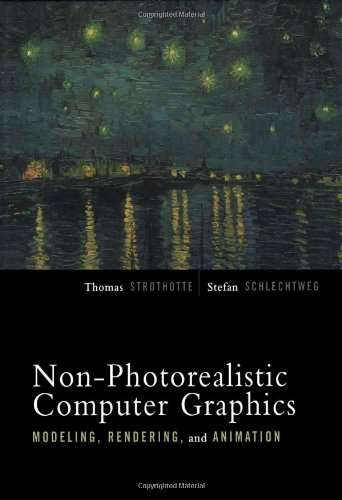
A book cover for Non-Photorealistic Computer Graphics: Modeling, Rendering, and Animation (The Morgan Kaufmann Series in Computer Graphics); Thomas Strothotte; Computers & Technology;